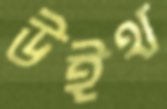
উইথ